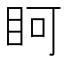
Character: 𭾨